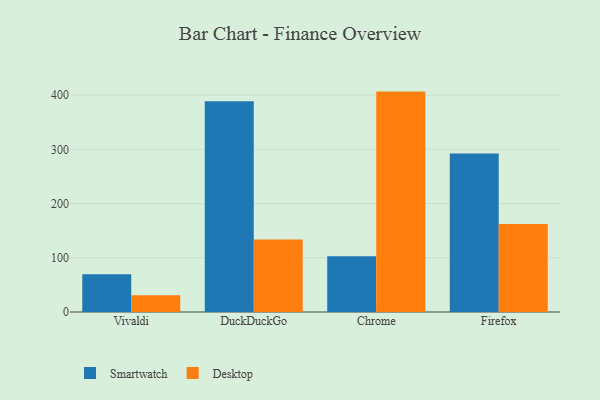
{"axis": {"x": "Browser", "y": "Headcount"}, "legend": ["Desktop", "Smartwatch"], "data": [{"x": "Vivaldi", "y": 69.5, "type": "Smartwatch"}, {"x": "Vivaldi", "y": 31.0, "type": "Desktop"}, {"x": "DuckDuckGo", "y": 388.7, "type": "Smartwatch"}, {"x": "DuckDuckGo", "y": 133.8, "type": "Desktop"}, {"x": "Chrome", "y": 102.6, "type": "Smartwatch"}, {"x": "Chrome", "y": 406.5, "type": "Desktop"}, {"x": "Firefox", "y": 292.2, "type": "Smartwatch"}, {"x": "Firefox", "y": 162.5, "type": "Desktop"}]}